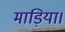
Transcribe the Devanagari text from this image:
माड़िया।